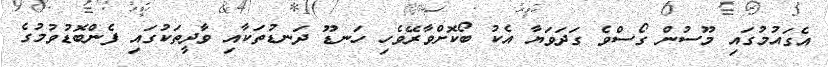
އެގައުމުގައި މޫސުން ގޯސްވެ ގަދަވަޔާ އެކު ބޯކޮށްވާރޭވެހި ހަނޑޫ ދަނޑުތަކާއި ވާދީތަކުގައި ފެންބޮޑުވުމުގެ